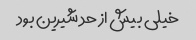
خیلی بیش از حد شیرین بود